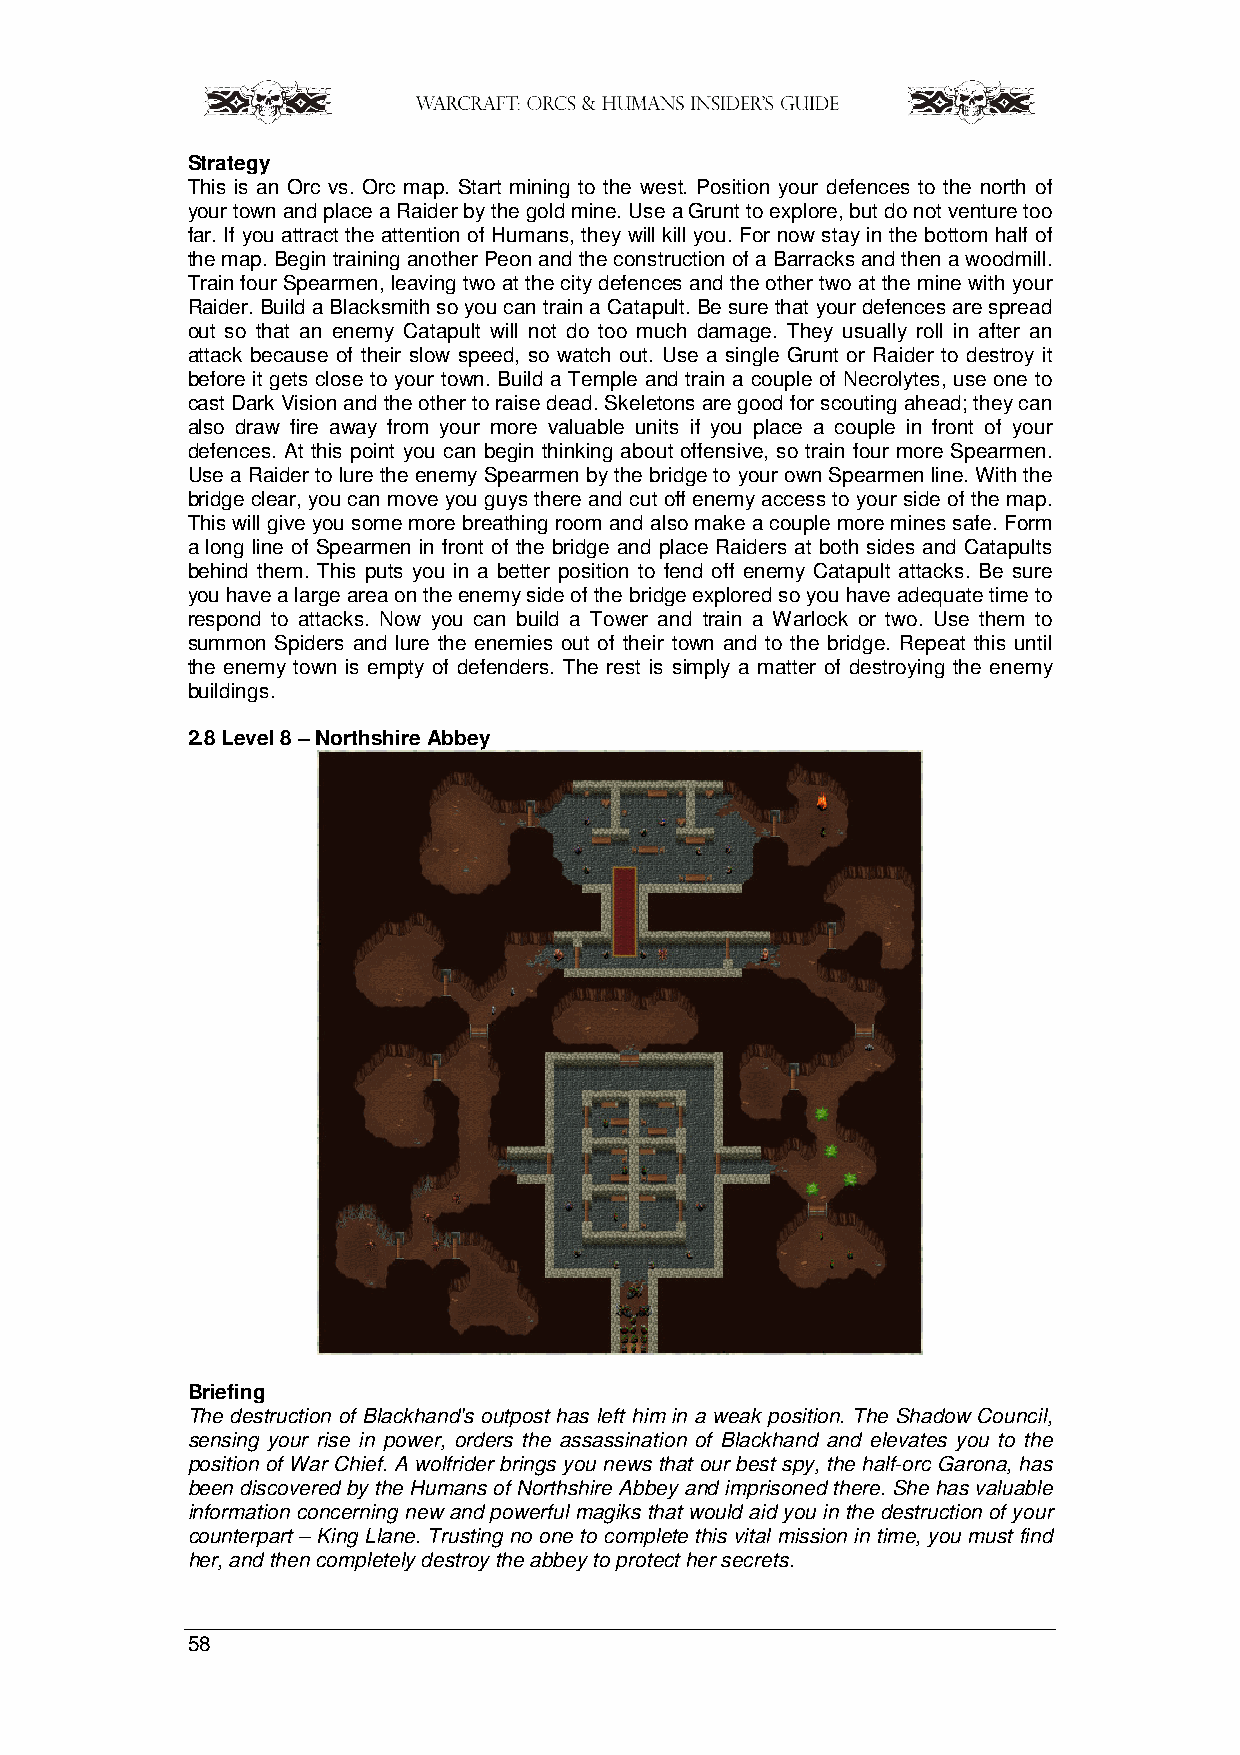
Strategy
 This is an Orc vs. Orc map. Start mining to the west. Position your defences to the north of
 your town and place a Raider by the gold mine. Use a Grunt to explore, but do not venture too
 far. If you attract the attention of Humans, they will kill you. For now stay in the bottom half of
 the map. Begin training another Peon and the construction of a Barracks and then a woodmill.
 Train four Spearmen, leaving two at the city defences and the other two at the mine with your
 Raider. Build a Blacksmith so you can train a Catapult. Be sure that your defences are spread
 out so that an enemy Catapult will not do too much damage. They usually roll in after an
 attack because of their slow speed, so watch out. Use a single Grunt or Raider to destroy it
 before it gets close to your town. Build a Temple and train a couple of Necrolytes, use one to
 cast Dark Vision and the other to raise dead. Skeletons are good for scouting ahead; they can
 also draw fire away from your more valuable units if you place a couple in front of your
 defences. At this point you can begin thinking about offensive, so train four more Spearmen.
 Use a Raider to lure the enemy Spearmen by the bridge to your own Spearmen line. With the
 bridge clear, you can move you guys there and cut off enemy access to your side of the map.
 This will give you some more breathing room and also make a couple more mines safe. Form
 a long line of Spearmen in front of the bridge and place Raiders at both sides and Catapults
 behind them. This puts you in a better position to fend off enemy Catapult attacks. Be sure
 you have a large area on the enemy side of the bridge explored so you have adequate time to
 respond to attacks. Now you can build a Tower and train a Warlock or two. Use them to
 summon Spiders and lure the enemies out of their town and to the bridge. Repeat this until
 the enemy town is empty of defenders. The rest is simply a matter of destroying the enemy
 buildings.
 2.8 Level 8 – Northshire Abbey
 Briefing
 The destruction of Blackhand's outpost has left him in a weak position. The Shadow Council,
 sensing your rise in power, orders the assassination of Blackhand and elevates you to the
 position of War Chief. A wolfrider brings you news that our best spy, the half-orc Garona, has
 been discovered by the Humans of Northshire Abbey and imprisoned there. She has valuable
 information concerning new and powerful magiks that would aid you in the destruction of your
 counterpart – King Llane. Trusting no one to complete this vital mission in time, you must find
 her, and then completely destroy the abbey to protect her secrets.
 58